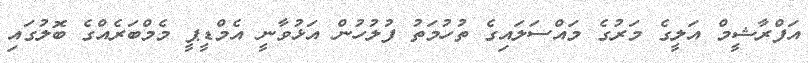
އަފްރާޝީމް އަލީގެ މަރުގެ މައްސަލައިގެ ތުހުމަތު ފުލުހުން އަޅުވާނީ އެމްޑީޕީ މެމްބަރެއްގެ ބޮލުގައި